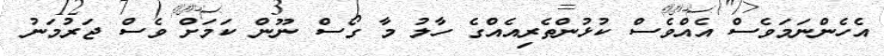
އެހެންނަމަވެސް އެއްވެސް ކުޅުންތެރިއެއްގެ ހާލު މާ ގޯސް ނޫން ކަމަށް ވެސް ޖަރުމަނު